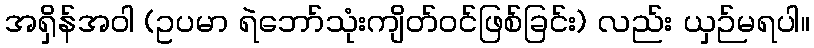
အရှိန်အဝါ (ဥပမာ ရဲဘော်သုံးကျိတ်ဝင်ဖြစ်ခြင်း) လည်း ယှဉ်မရပါ။